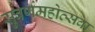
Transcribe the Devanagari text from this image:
सुवर्णमहोत्सवा